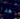
هدا